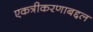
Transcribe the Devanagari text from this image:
एकत्रीकरणाबद्दल